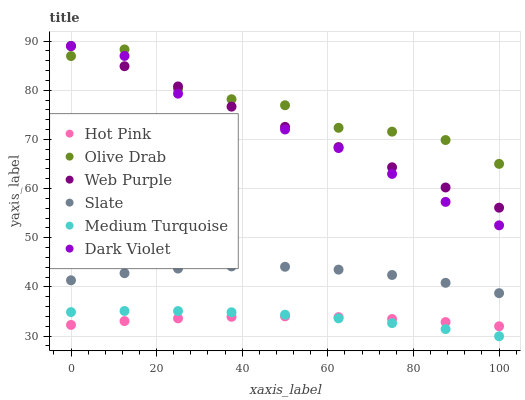
| xaxis_label | Hot Pink | Olive Drab | Web Purple | Slate | Medium Turquoise | Dark Violet |
 | --- | --- | --- | --- | --- | --- | --- |
 | 0 | 32.3 | 87 | 89 | 41.3 | 34.9 | 89 |
 | 12.5 | 33.1 | 88.3 | 84.9 | 42.8 | 35.1 | 87 |
 | 25 | 33.6 | 80.2 | 80.8 | 43.7 | 35.1 | 79.3 |
 | 37.5 | 33.9 | 78.2 | 76.7 | 44.2 | 34.8 | 73.8 |
 | 50 | 34 | 77 | 72.6 | 44.1 | 34.4 | 72 |
 | 62.5 | 33.9 | 72.4 | 68.4 | 43.5 | 33.6 | 68.2 |
 | 75 | 33.5 | 71.6 | 64.3 | 42.4 | 32.6 | 63 |
 | 87.5 | 32.9 | 69.9 | 60.2 | 40.8 | 31.4 | 57.3 |
 | 100 | 32 | 65 | 56.1 | 38.7 | 30 | 52.5 |